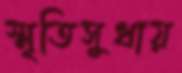
স্মৃতিসুধায়